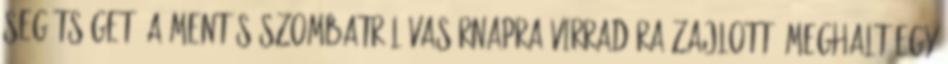
segítséget. A mentés szombatról vasárnapra virradóra zajlott. Meghalt egy